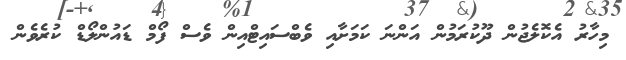
މިހާރު އެކޮލެޖުން ދޫކުރަމުން އަންނަ ކަމަށާއި ވެބްސައިޓްއިން ވެސް ފޯމް ޑައުންލޯޑް ކުރެވެން